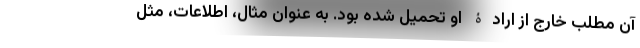
آن مطلب خارج از ارادۀ او تحمیل شده بود. به عنوان مثال، اطلاعات، مثل